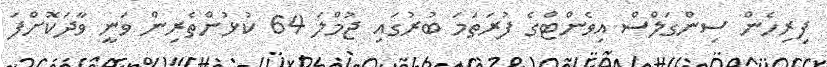
ފިރިހެން ސިންގަލްސް އިވެންޓްގެ ފުރަތަމަ ބުރުގައި ޖުމްލަ 64 ކުޅުންތެރިން ވަނީ ވާދަކޮށްފަ